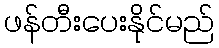
ဖန်တီးပေးနိုင်မည်